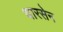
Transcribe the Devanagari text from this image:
धारसेन